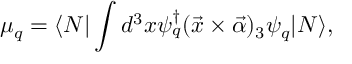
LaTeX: \mu _ { q } = \langle N | \int d ^ { 3 } x \psi _ { q } ^ { \dagger } ( \vec { x } \times \vec { \alpha } ) _ { 3 } \psi _ { q } | N \rangle ,